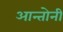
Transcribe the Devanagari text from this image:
आन्तोनी